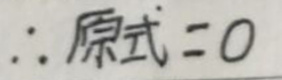
$\therefore $原式$ = 0$